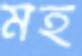
মহ